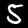
Digit: 5